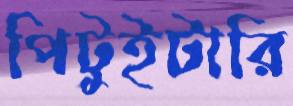
পিটুইটারি